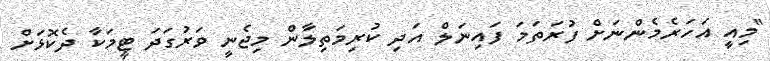
"މިއީ އަހަރެމެންނަށް ފުރަތަމަ ފައިނަލް އަދި ކުރިމަތިލާން މިޖެނީ ވަރުގަދަ ޓީމަކާ ދެކޮޅަށް